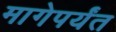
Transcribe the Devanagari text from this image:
मागेपर्यंत